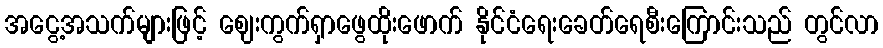
အငွေ့အသက်များဖြင့် ဈေးကွက်ရှာဖွေထိုးဖောက် နိုင်ငံရေးခေတ်ရေစီးကြောင်းသည် တွင်လာ